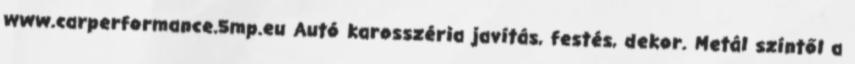
www.carperformance.5mp.eu Autó karosszéria javítás, festés, dekor. Metál színtől a